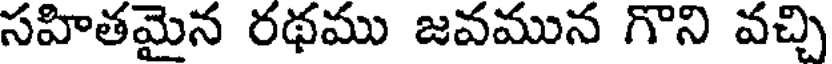
సహితమైన రథము జవమున గొని వచ్చి